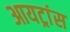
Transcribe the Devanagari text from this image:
आयट्रांस